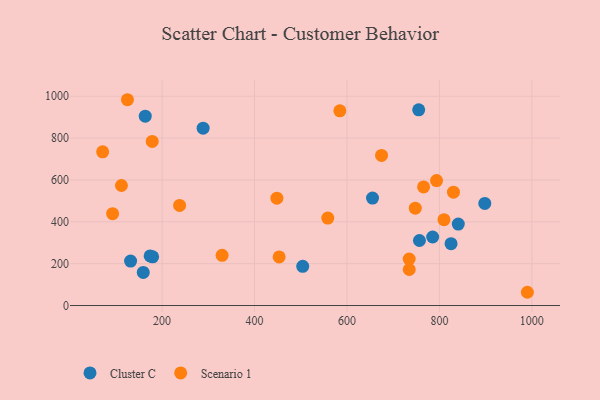
{"axis": {"x": "Investment", "y": "Sales"}, "legend": ["Cluster C", "Scenario 1"], "data": [{"x": "785.4", "y": 327.3, "type": "Cluster C"}, {"x": "131.9", "y": 212.2, "type": "Cluster C"}, {"x": "179.6", "y": 232.5, "type": "Cluster C"}, {"x": "655.3", "y": 513.3, "type": "Cluster C"}, {"x": "174.2", "y": 236.9, "type": "Cluster C"}, {"x": "504.3", "y": 187.5, "type": "Cluster C"}, {"x": "755.2", "y": 934.9, "type": "Cluster C"}, {"x": "825.2", "y": 295.6, "type": "Cluster C"}, {"x": "159.3", "y": 158.2, "type": "Cluster C"}, {"x": "898.2", "y": 488.0, "type": "Cluster C"}, {"x": "840.8", "y": 389.3, "type": "Cluster C"}, {"x": "163.6", "y": 904.5, "type": "Cluster C"}, {"x": "288.8", "y": 847.2, "type": "Cluster C"}, {"x": "756.8", "y": 310.6, "type": "Cluster C"}, {"x": "453.3", "y": 232.0, "type": "Scenario 1"}, {"x": "765.7", "y": 566.6, "type": "Scenario 1"}, {"x": "734.7", "y": 172.2, "type": "Scenario 1"}, {"x": "71.4", "y": 734.5, "type": "Scenario 1"}, {"x": "584.6", "y": 930.1, "type": "Scenario 1"}, {"x": "793.8", "y": 597.2, "type": "Scenario 1"}, {"x": "329.9", "y": 239.8, "type": "Scenario 1"}, {"x": "125.1", "y": 983.3, "type": "Scenario 1"}, {"x": "448.4", "y": 512.9, "type": "Scenario 1"}, {"x": "178.7", "y": 784.1, "type": "Scenario 1"}, {"x": "558.5", "y": 417.8, "type": "Scenario 1"}, {"x": "747.8", "y": 465.0, "type": "Scenario 1"}, {"x": "237.9", "y": 478.1, "type": "Scenario 1"}, {"x": "990.3", "y": 63.3, "type": "Scenario 1"}, {"x": "674.8", "y": 717.0, "type": "Scenario 1"}, {"x": "830.4", "y": 541.5, "type": "Scenario 1"}, {"x": "112.1", "y": 573.4, "type": "Scenario 1"}, {"x": "809.9", "y": 410.0, "type": "Scenario 1"}, {"x": "734.6", "y": 222.3, "type": "Scenario 1"}, {"x": "93.0", "y": 438.9, "type": "Scenario 1"}]}